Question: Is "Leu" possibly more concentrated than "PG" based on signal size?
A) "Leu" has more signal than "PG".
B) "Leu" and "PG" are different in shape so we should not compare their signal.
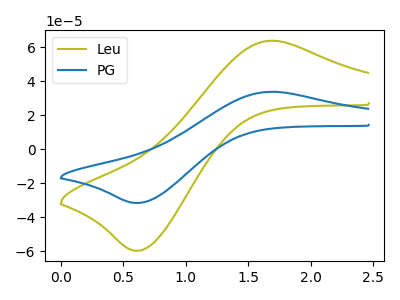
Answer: <think>The olive curve "Leu" has an anodic peak at (1.70V, 63.85uA) and a cathodic peak at (0.65V, -59.75uA). The blue curve "PG" has an anodic peak at (1.70V, 33.80uA) and a cathodic peak at (0.65V, -31.65uA).
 All the peaks in "Leu" have a peak in "PG" at the same potential. Every peak in "Leu" is higher than every peak in "PG".</think>
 <answer>A) "Leu" has more signal than "PG".</answer>
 <eval>A</eval>